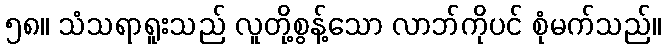
၅၈။ သံသရာရူးသည် လူတို့စွန့်သော လာဘ်ကိုပင် စုံမက်သည်။